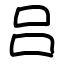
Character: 吕